Annual report on the Civil Veterinary Department, Burma (including the Insein Veterinary School) - 1932-1941
Year: 1932
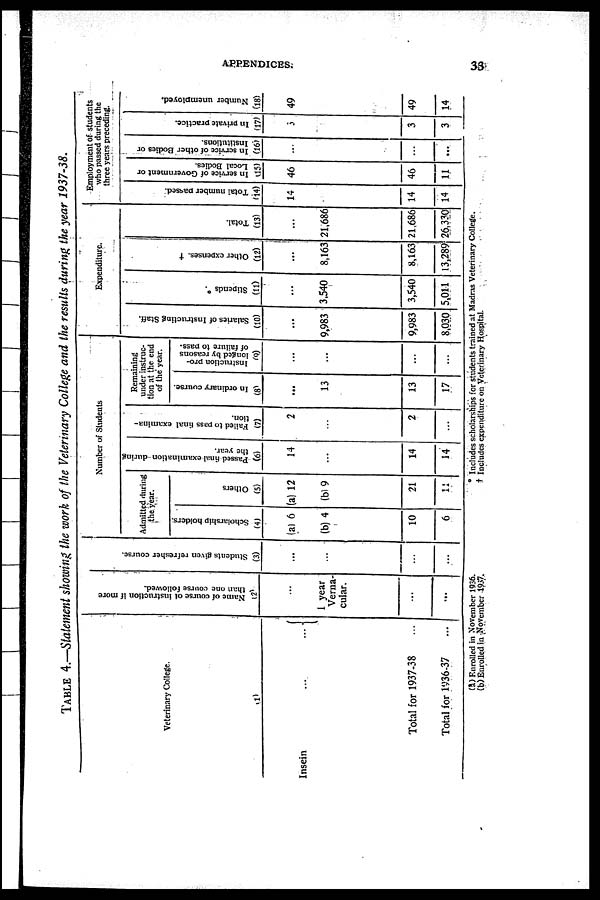
APPENDICES.
33
TABLE 4.—Statement showing the work of the Veterinary College and the results during the year 1937-38.
Veterinary College.
(1)
Insein ... ...
Total for 1937-38 ...
Total for 1936-37 ...
Name of course of instruction if more
than one course followed.
(2)
...
1 year
Verna-
cular.
...
...
Students given refresher course.
(3)
...
...
...
...
Number of Students
Admitted during
the year.
Scholarship holders.
(4)
(a) 6
(b) 4
10
6
Others
(5)
(a) 12
(b) 9
21
11
Passed final examination during
the year.
(6)
14
...
14
14
Failed to pass final examina-
tion.
(7)
2
...
2
...
Remaining
under instruc-
tion at the end
of the year.
In ordinary course.
(8)
...
13
13
17
Instruction pro-
longed by reasons
of failure to pass.
(9)
...
...
...
...
Expenditure.
Salaries of Instructing Staff.
(10)
...
9,983
9,983
8,030
Stipends
(11)
...
3,540
3,540
5,011
Other expenses. †
(12)
...
8,163
8,163
13,289
Total.
(13)
...
21,686
21,686
26,330
Employment of students
who passed during the
three years preceding.
Total number passed.
(14)
14
14
14
In service of Government or
Local Bodies.
(15)
46
46
11
In service of other Bodies or
Institutions.
(16)
...
...
...
In private practice.
(17)
3
3
3
Number unemployed.
(18)
49
49
14
(a) Enrolled in November 1936.
(b) Enrolled in November 1937.
* Includes scholarships for students trained at Madras Veterinary College.
† Includes expenditure on Veterinary Hospital.